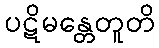
ပဋိမန္တေတူတိ